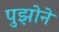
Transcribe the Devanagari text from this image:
पुझोने